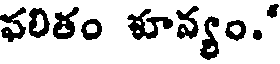
వలితం ళూవ్యం."